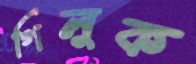
গিলুক